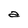
Character: a